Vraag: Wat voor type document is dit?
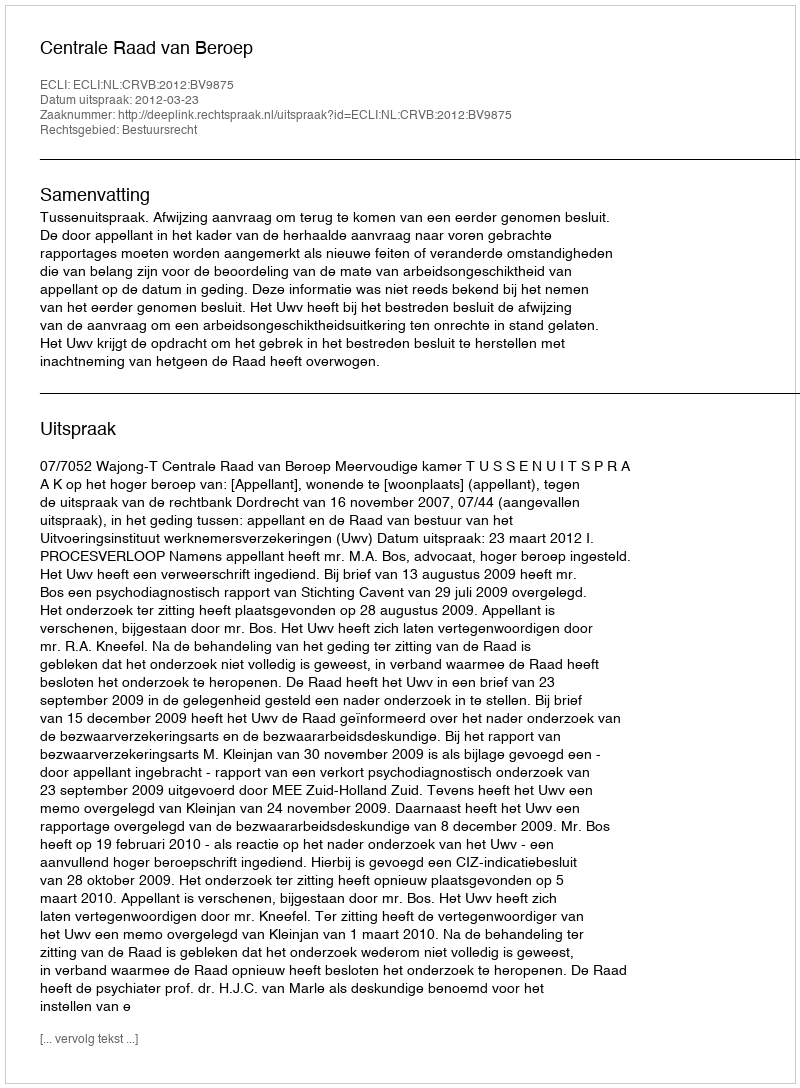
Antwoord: Uitspraak